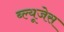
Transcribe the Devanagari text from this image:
ब्ल्यूजेस